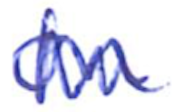
Text: on
Cross-out: zig-zag
Writing tool: ballpoint